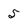
Character: 5